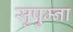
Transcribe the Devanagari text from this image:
सुषु्म्ना